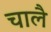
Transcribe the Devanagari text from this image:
चालै